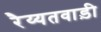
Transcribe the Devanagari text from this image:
रैय्यतवाड़ी